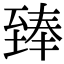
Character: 𮍣